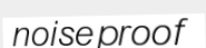
noiseproof